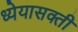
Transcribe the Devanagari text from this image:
ध्येयासक्ती